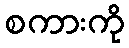
စကားကို